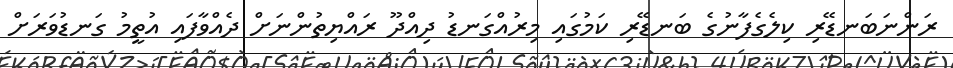
ރަންނަބަނޑޭރި ކިލެގެފާނުގެ ބަނޑޭރި ކަމުގައި މިރުއްގަނޑު ދިއްދޫ ރައްޔިތުންނަށް ދެއްވާފައި އުތީމު ގަނޑުވަރަށް